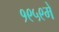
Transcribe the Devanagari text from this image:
१९५९मे